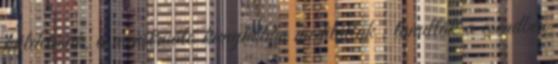
küldetésük, a menstruáló kunyhóban meditáltak , tanulták a csendben